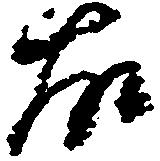
故